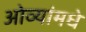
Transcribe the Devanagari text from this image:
ओव्यांमधे